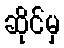
ဆိုင်မှ